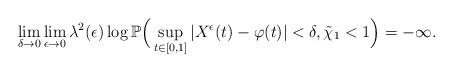
LaTeX: \begin{align*}\lim_{\delta\to0}\lim_{\epsilon\to0}\lambda^2(\epsilon)\log\mathbb P\Big(\sup_{t\in[0,1]}|X^{\epsilon}(t)-\varphi(t)|<\delta, \tilde{\chi}_1<1\Big)=-\infty.\end{align*}